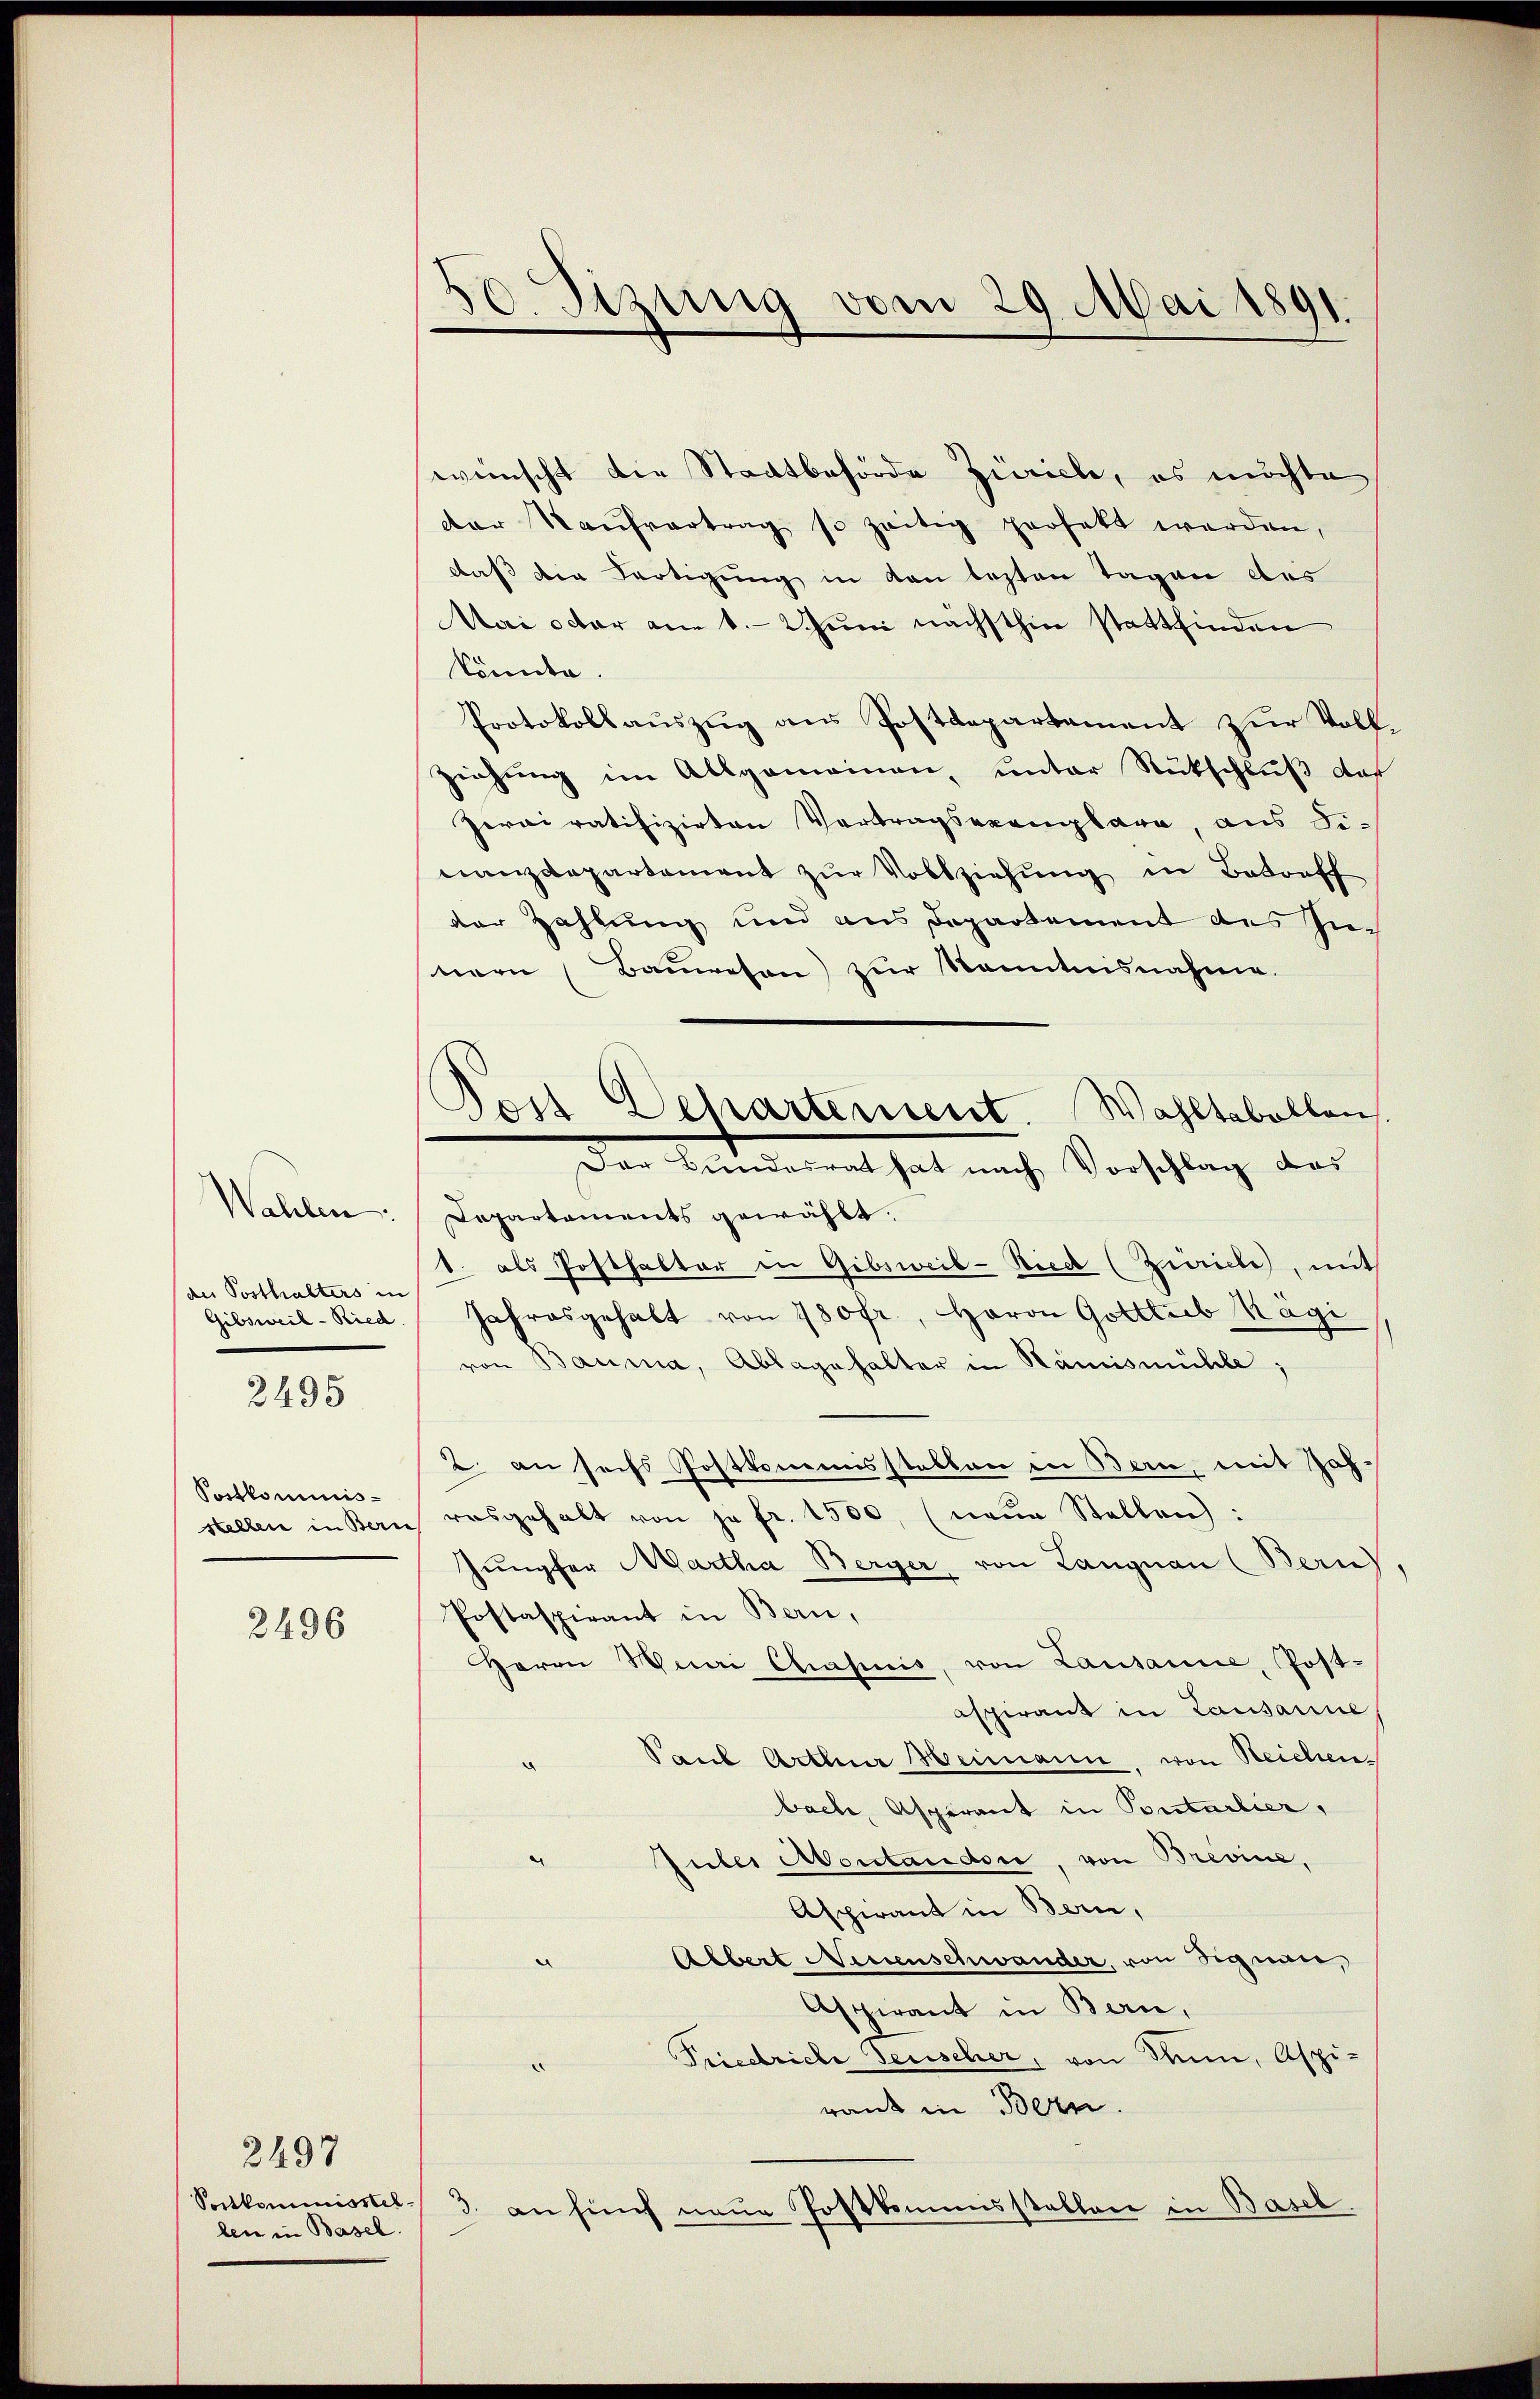
Wahlen.
de Posthalters in
Gibsweil - Ried

2495

Postkominis¬

2496

Sontkommnisstellen in Basel.

2497

30. Sizung vom 29. Mai 1891.

Bor
Wahltabellen.
Departement.
Der Banderent hat nach Vorschlag der

wünscht die Stadtbehörde Zürich, es möchte
der Kaŭfvertrag so zeitig perfekt werden,
daß die Fertigung in den lezten Tagen des
Mai oder am 1. 2. Juni nächsthin stattfinden
könnte.
Protokollauszug aus Postdepartement zur Voll
Ziehung im Allgemeinen, unter Rückschluß das
Zerviratifizirten Vortragsexemplare, aus Fi-
nanzdepartement zur Vollziehung in Betroff
der Zahlung und aus Departement des Im
nern (Bauwesen) zur Kenntnisnahme.
Departements gewählt.
1. als Posthalter in Gibsweib-Ried (Zürich, mit
Jahresgehalt von 180fr., Herrn Gottlieb Kägi
von Bauma, Ablagehalter in Hämismühle;
2. an sechs Postkommisstellen in Bern, mit Zahstellen in Bern rosgehalt von je fr. 1500, (neŭe Stellen:
Jungfer Martha Berger von Langnau (Bern)
Postaspirant in Bern,
Herrn Wini Chasuis, von Lausanne, Post-
aspirant in Lausanne
Saub Arthur Heimann, von Reichen
bach, Aspirant in Pontarlier,
" Guber Montandon, von Brevine,
Aspirant in Bern,
Albert Neuenschwander, von Signau,
Aspirant in Bern,
Friedriche Feuscher, von Rum, Aspirank in Bern.
3. an sich neue Postkommisstellere in Basel.